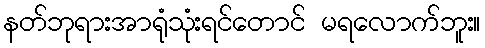
နတ်ဘုရားအာရုံသုံးရင်တောင် မရလောက်ဘူး။